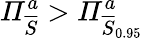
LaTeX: \mathit{\Pi}_{\overline{{S}}}^{a}>\mathit{\Pi}_{\overline{{S}}_{0.95}}^{a}